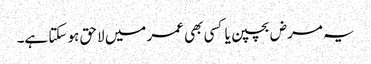
یہ مرض بچپن یا کسی بھی عمر میں لاحق ہو سکتا ہے۔